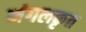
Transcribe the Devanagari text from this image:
मंगलकृत